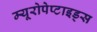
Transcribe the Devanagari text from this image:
म्यूरोपेप्टाइड्स